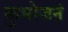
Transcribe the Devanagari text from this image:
कुभोजनं